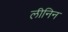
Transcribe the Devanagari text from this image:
लीनिन